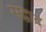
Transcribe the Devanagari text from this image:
सद्वाद